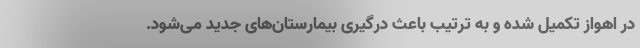
در اهواز تکمیل شده و به ترتیب باعث درگیری بیمارستان‌های جدید می‌شود.